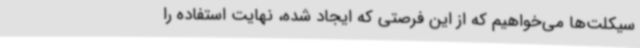
سیکلت‌ها می‌خواهیم که از این فرصتی که ایجاد شده، نهایت استفاده را